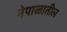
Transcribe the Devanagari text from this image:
नेपाळातील